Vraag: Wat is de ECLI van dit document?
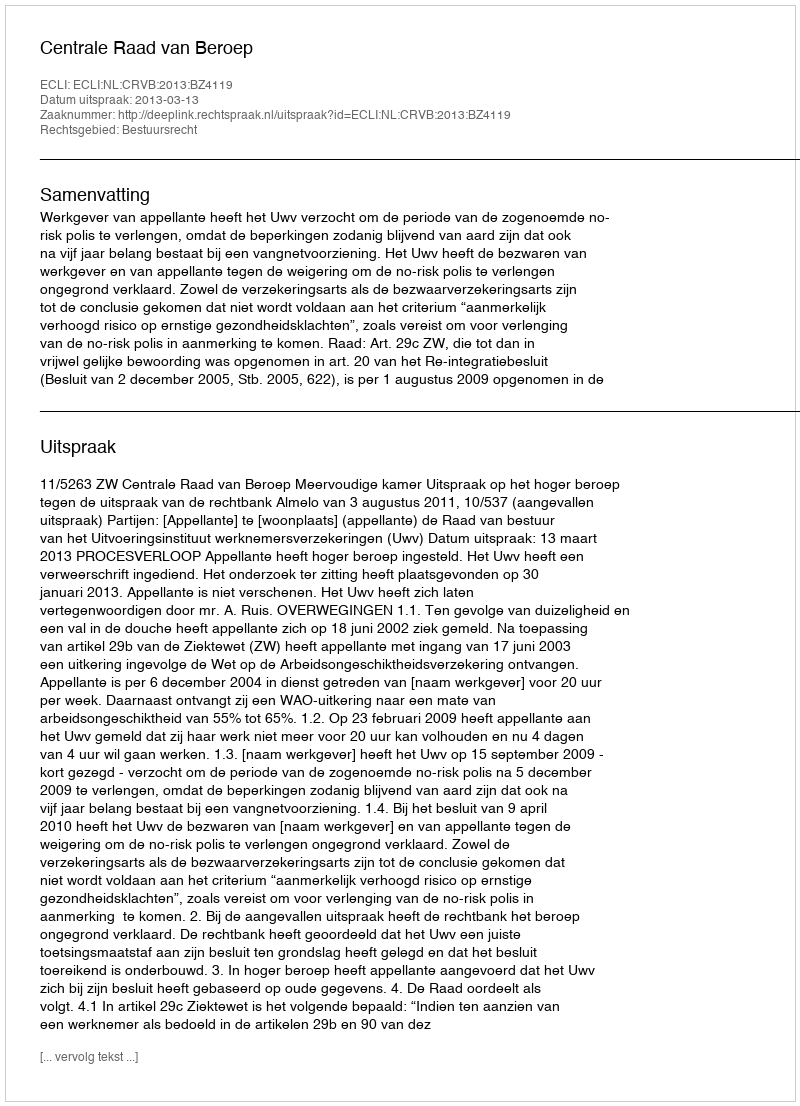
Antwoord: ECLI:NL:CRVB:2013:BZ4119